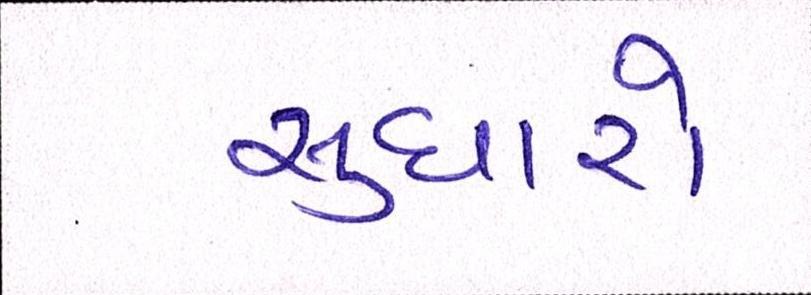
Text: સુધારો